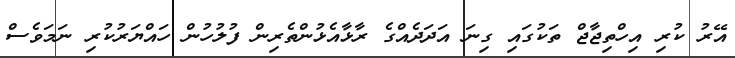
އޭރު ކުރި އިހްތިޖާޖް ތަކުގައި ގިނަ އަދަދެއްގެ ރާޅާއެޅުންތެރިން ފުލުހުން ހައްޔަރުކުރި ނަމަވެސް